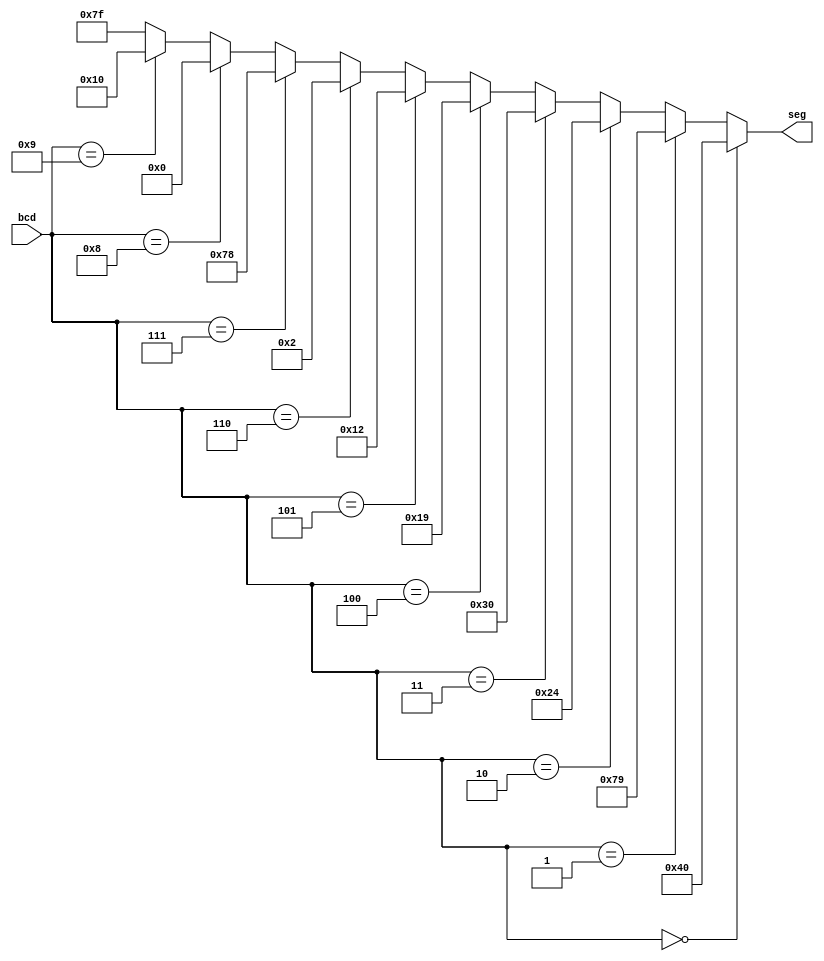
module BCDTo7Seg (
input[3:0] bcd,
output[6:0] seg
);

assign {seg} = 
(bcd == 0) ? 7'b1000000 :
(bcd == 1) ? 7'b1111001 :
(bcd == 2) ? 7'b0100100 :
(bcd == 3) ? 7'b0110000 :
(bcd == 4) ? 7'b0011001 :
(bcd == 5) ? 7'b0010010 :
(bcd == 6) ? 7'b0000010 :
(bcd == 7) ? 7'b1111000 :
(bcd == 8) ? 7'b0000000 :
(bcd == 9) ? 7'b0010000 : 7'b1111111;

endmodule